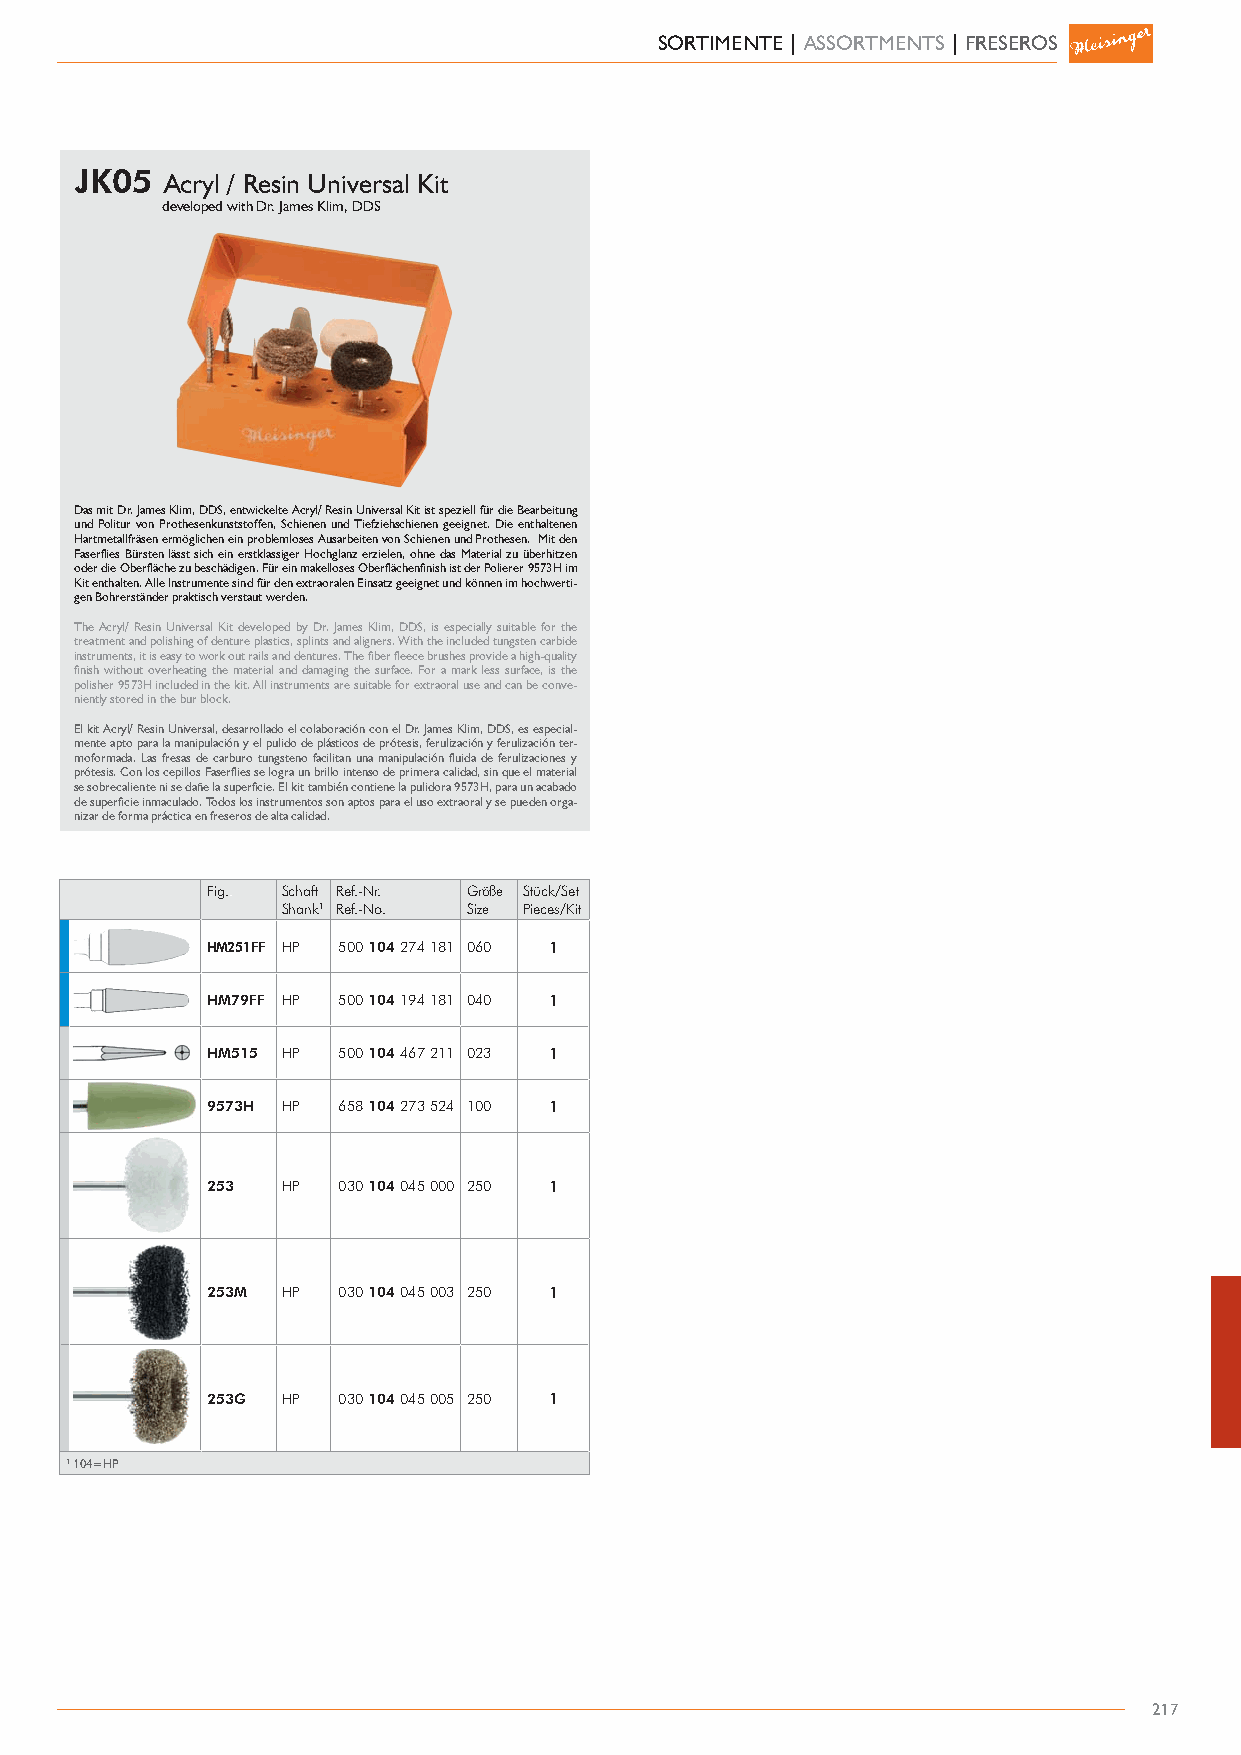
SORTIMENTE | ASSORTMENTS | FRESEROS
 JK05  Acryl / Resin Universal Kit
 developed with Dr. James Klim, DDS
 Das mit Dr. James Klim, DDS, entwickelte Acryl/ Resin Universal Kit ist speziell für die Bearbeitung
 und Politur von Prothesenkunststoffen, Schienen und Tiefziehschienen geeignet. Die enthaltenen
 Hartmetallfräsen ermöglichen ein problemloses Ausarbeiten von Schienen und Prothesen. Mit den
 Faserflies Bürsten lässt sich ein erstklassiger Hochglanz erzielen, ohne das Material zu überhitzen
 oder die Oberfläche zu beschädigen. Für ein makelloses Oberflächenfinish ist der Polierer 9573H im
 Kit enthalten. Alle Instrumente sind für den extraoralen Einsatz geeignet und können im hochwerti-
 gen Bohrerständer praktisch verstaut werden.
 The Acryl/ Resin Universal Kit developed by Dr. James Klim, DDS, is especially suitable for the
 treatment and polishing of denture plastics, splints and aligners. With the included tungsten carbide
 instruments, it is easy to work out rails and dentures. The fiber fleece brushes provide a high-quality
 finish without overheating the material and damaging the surface. For a mark less surface, is the
 polisher 9573H included in the kit. All instruments are suitable for extraoral use and can be conve-
 niently stored in the bur block.
 El kit Acryl/ Resin Universal, desarrollado el colaboración con el Dr. James Klim, DDS, es especial-
 mente apto para la manipulación y el pulido de plásticos de prótesis, ferulización y ferulización ter-
 moformada. Las fresas de carburo tungsteno facilitan una manipulación fluida de ferulizaciones y
 prótesis. Con los cepillos Faserflies se logra un brillo intenso de primera calidad, sin que el material
 se sobrecaliente ni se dañe la superficie. El kit también contiene la pulidora 9573H, para un acabado
 de superficie inmaculado. Todos los instrumentos son aptos para el uso extraoral y se pueden orga-
 nizar de forma práctica en freseros de alta calidad.
 Fig.. Schaft Ref.-Nr. Größe Stück/Set
 Shank1 Ref.-No. Size Pieces/Kit
 HM251FF HP 500 104 274 181 060 1
 HM79FF HP 500 104 194 181 040 1
 HM515 HP 500 104 467 211 023 1
 9573H HP 658 104 273 524 100 1
 253  HP 030 104 045 000 250 1
 253M HP 030 104 045 003 250 1
 253G HP 030 104 045 005 250 1
 1 104=HP
 217